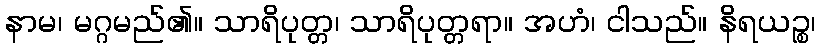
နာမ၊ မဂ္ဂမည်၏။ သာရိပုတ္တ၊ သာရိပုတ္တရာ။ အဟံ၊ ငါသည်။ နိရယဉ္စ၊